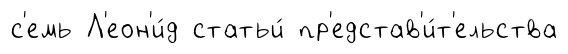
с'емь Л'еон'и́д статьи́ пр'едстав'и́т'ельства